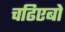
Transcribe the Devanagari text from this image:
चढिएबो